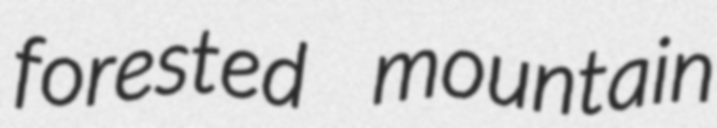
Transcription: forested mountain